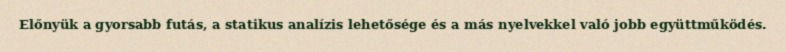
Előnyük a gyorsabb futás, a statikus analízis lehetősége és a más nyelvekkel való jobb együttműködés.